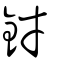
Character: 釮